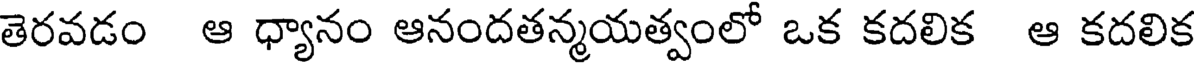
తెరవడం ఆ ధ్యానం ఆనందతన్మయత్వంలో ఒక కదలిక ఆ కదలిక